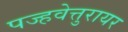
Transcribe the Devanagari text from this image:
पज्हवेत्तुरायर